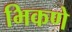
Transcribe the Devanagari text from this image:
भिकणे